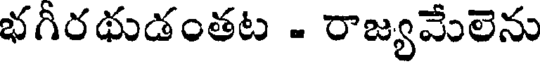
భగీరథుడంతట - రాజ్యమేలెను